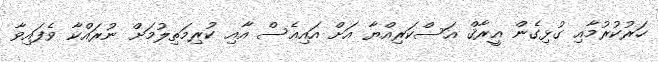
ހަރުކުރުމާއި ގުޅިގެން އީރާޤް އަސްކަރިއްޔާ އަށް އައިއެސް އާއި ކުރިމަތިލުމަށް ނުރައްކާ ވެފައިވާ